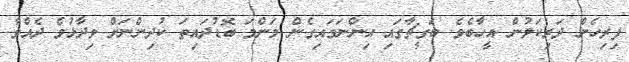
ފިރިހެން ދަރިކަލުން އީހާބެވެ. ބަގީޗާގައި އިންނަވައިގެން މަންމަ ބޮޑުދައިތަ ކުދިންނަށް ވިދާޅުވެ ދެއްވާ